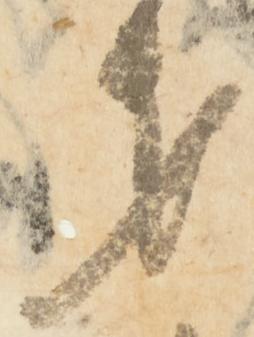
第